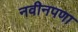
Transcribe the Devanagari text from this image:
नवीनपणा